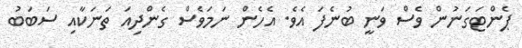
ޕެންޓަގަނުން ވެސް ވަނީ ބުނެފަ އެވެ. އެހެން ނަމަވެސް ގެންދިއަ ތަނަކާއި ސަބަބު